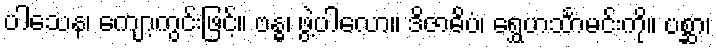
ပါသေန၊ ကျော့ကွင်းဖြင့်။ ဗန္ဓ၊ ဖွဲ့ပါလော။ ဒိဇာဓိပံ၊ ရွှေဟင်္သာမင်းကို။ ပစ္ဆာ၊